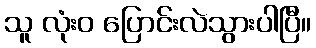
သူ လုံးဝ ပြောင်းလဲသွားပါပြီ။